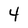
Character: 4